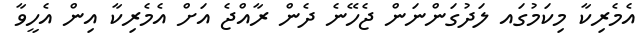
އެމެރިކާ މިކަމުގައ ލަދުގަންނަން ޖެހޭނެ ދެން ރާއްޖެ އަށް އެމެރިކާ އިން އެހީވާ